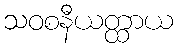
သဝစနီယတ္ထာယ